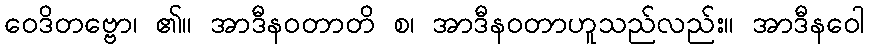
ဝေဒိတဗ္ဗော၊ ၏။ အာဒီနဝတာတိ စ၊ အာဒီနဝတာဟူသည်လည်း။ အာဒီနဝေါ